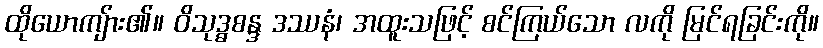
ထိုယောကျ်ား၏။ ဝိသုဒ္ဓစန္ဒ ဒဿနံ၊ အထူးသဖြင့် စင်ကြယ်သော လကို မြင်ရခြင်းကို။